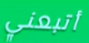
أتبعني